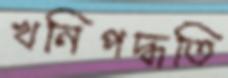
খনিপদ্ধতি